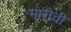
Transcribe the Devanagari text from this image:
मात्तेची